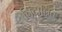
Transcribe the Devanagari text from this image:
निदानित